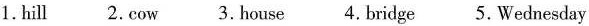
1. hill 2. Cow 3. House 4. Bridge 5. Wednesday